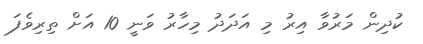
ކުދިން މަރުވާ އިރު މި އަދަދު މިހާރު ވަނީ 10 އަށް ތިރިވެފަ